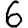
Digit: 6